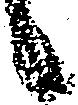
候